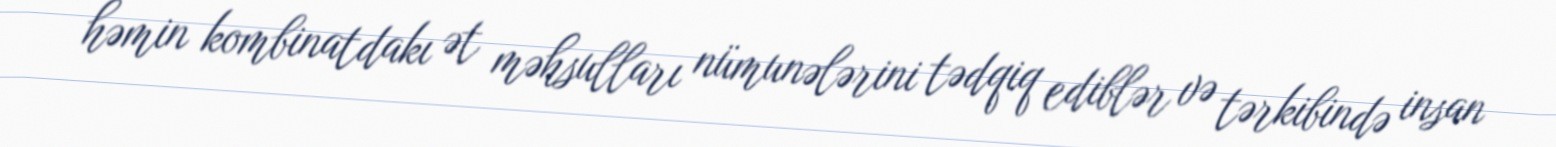
həmin kombinatdakı ət məhsulları nümunələrini tədqiq ediblər və tərkibində insan